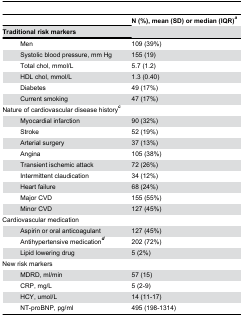
| <COLSPAN=2>  | N (%), mean (SD) or median (IQR)a |
 | <COLSPAN=2> Traditional risk markers |  |
 | --- | --- | --- |
 |  | Men | 109 (39%) |
 |  | Systolic blood pressure, mm Hg | 155 (19) |
 |  | Total chol, mmol/L | 5.7 (1.2) |
 |  | HDL chol, mmol/L | 1.3 (0.40) |
 |  | Diabetes | 49 (17%) |
 |  | Current smoking | 47 (17%) |
 | <COLSPAN=2> Nature of cardiovascular disease historyc |  |
 |  | Myocardial infarction | 90 (32%) |
 |  | Stroke | 52 (19%) |
 |  | Arterial surgery | 37 (13%) |
 |  | Angina | 105 (38%) |
 |  | Transient ischemic attack | 72 (26%) |
 |  | Intermittent claudication | 34 (12%) |
 |  | Heart failure | 68 (24%) |
 |  | Major CVD | 155 (55%) |
 |  | Minor CVD | 127 (45%) |
 | <COLSPAN=2> Cardiovascular medication |  |
 |  | Aspirin or oral anticoagulant | 127 (45%) |
 |  | Antihypertensive medicationd | 202 (72%) |
 |  | Lipid lowering drug | 5 (2%) |
 | <COLSPAN=2> New risk markers |  |
 |  | MDRD, ml/min | 57 (15) |
 |  | CRP, mg/L | 5 (2-9) |
 |  | HCY, umol/L | 14 (11-17) |
 |  | NT-proBNP, pg/ml | 495 (198-1314) |